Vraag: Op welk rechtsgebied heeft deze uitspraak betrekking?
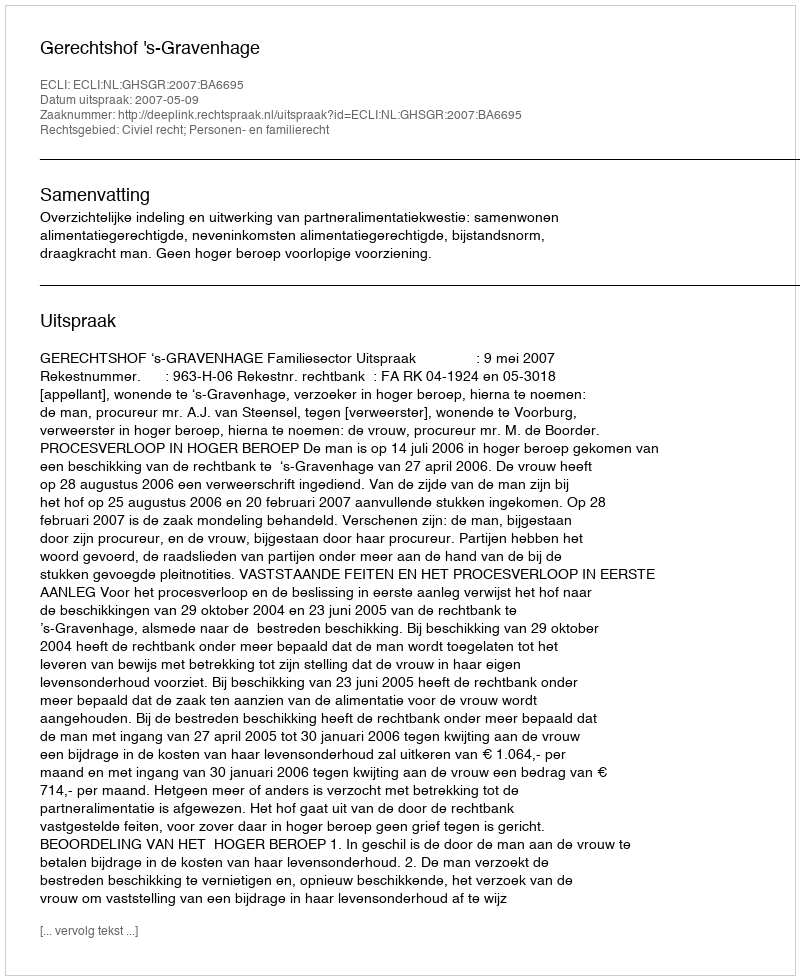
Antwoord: Civiel recht; Personen- en familierecht